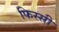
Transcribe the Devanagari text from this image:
फिस्सी